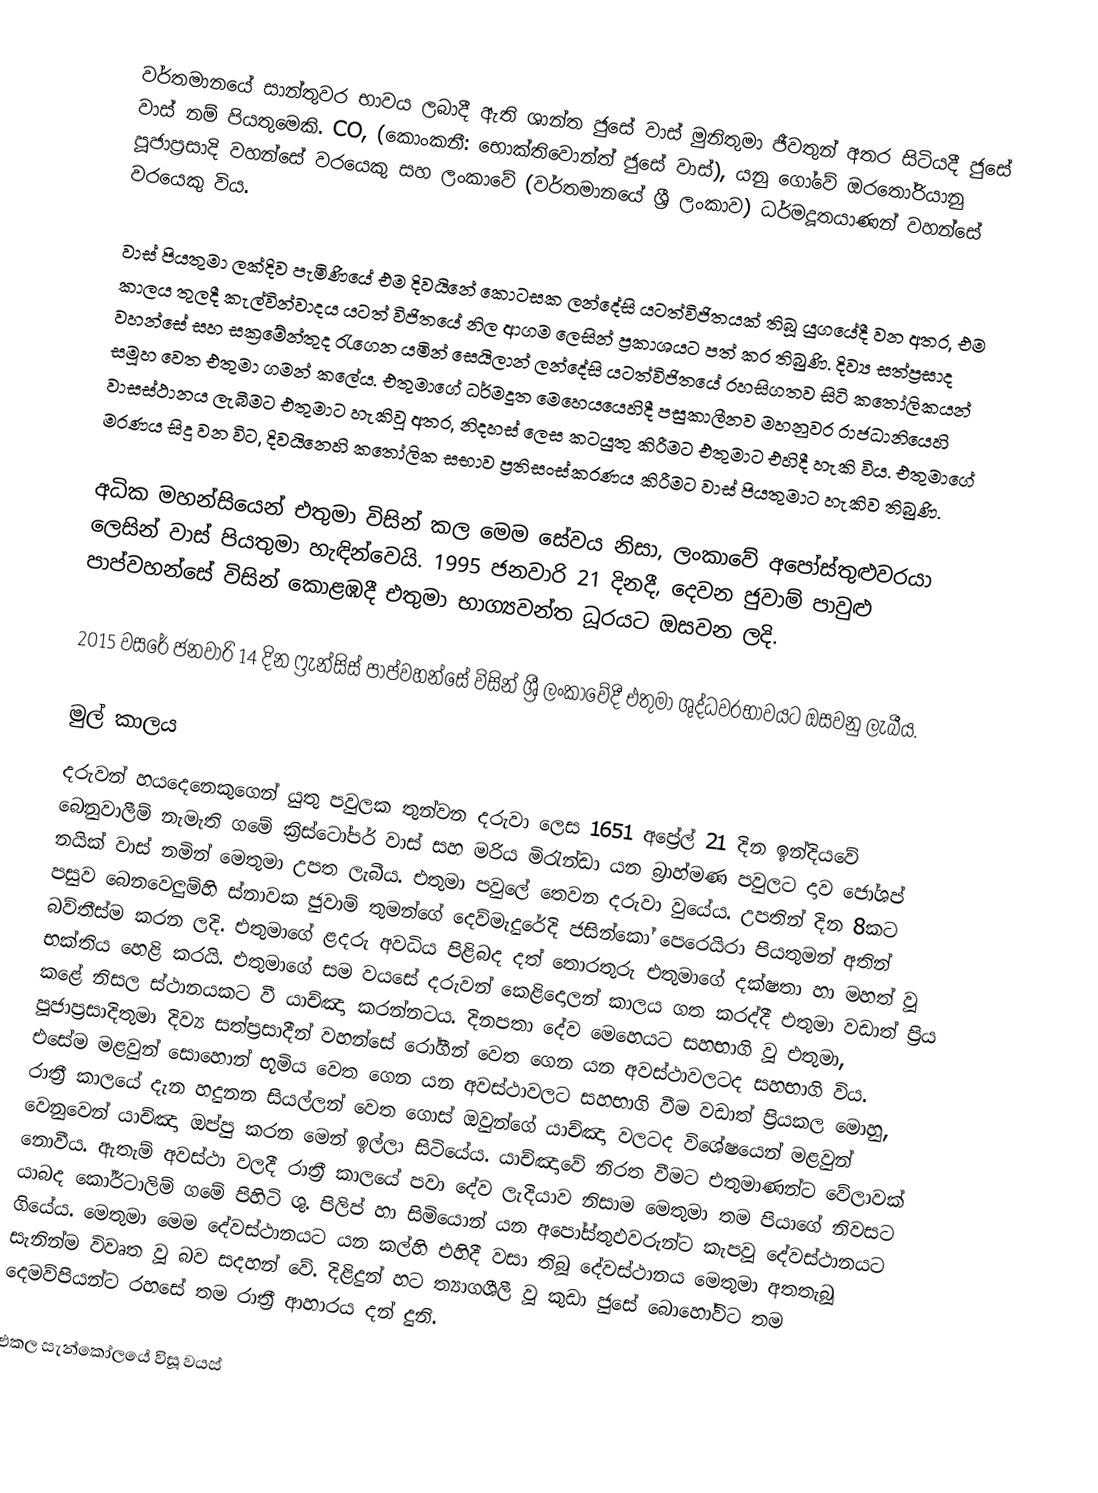
වර්තමානයේ සාන්තුවර භාවය ලබාදී ඇති  ශාන්ත ජුසේ වාස් මුනිතුමා ජීවතුන් අතර සිටියදී ජුසේ වාස් නම් පියතුමෙකි. CO, (කොංකනී: භොක්තිවොන්ත් ජුසේ වාස්), යනු ගෝවේ ඔරතෝරියානු පූජාප්‍රසාදි වහන්සේ වරයෙකු සහ ලංකාවේ (වර්තමානයේ ශ්‍රී ලංකාව) ධර්මදූතයාණන් වහන්සේ වරයෙකු  විය.

වාස් පියතුමා ලක්දිව පැමිණියේ එම දිවයිනේ කොටසක ලන්දේසි යටත්විජිතයක් තිබූ යුගයේදී වන අතර, එම කාලය තුලදී කැල්වින්වාදය යටත් විජිතයේ නිල ආගම ලෙසින් ප්‍රකාශයට පත් කර තිබුණි. දිව්‍ය සත්ප්‍රසාද වහන්සේ සහ සක්‍රමේන්තුද රැගෙන යමින්  සෙයිලාන් ලන්දේසි යටත්විජිතයේ රහසිගතව සිටි කතෝලිකයන් සමූහ වෙත එතුමා ගමන් කලේය. එතුමාගේ ධර්මදූත මෙහෙයයෙහිදී පසුකාලීනව මහනුවර රාජධානියෙහි වාසස්ථානය ලැබීමට එතුමාට හැකිවූ අතර, නිදහස් ලෙස කටයුතු කිරීමට එතුමාට එහිදී හැකි විය. එතුමාගේ මරණය සිදු වන විට, දිවයිනෙහි කතෝලික සභාව ප්‍රතිසංස්කරණය කිරීමට වාස් පියතුමාට හැකිව තිබුණි.

අධික මහන්සියෙන් එතුමා විසින් කල මෙම සේවය නිසා, ලංකාවේ අපෝස්තුළුවරයා ලෙසින් වාස් පියතුමා හැඳින්වෙයි. 1995 ජනවාරි 21 දිනදී, දෙවන ජුවාම් පාවුළු පාප්වහන්සේ විසින්  කොළඹදී එතුමා  භාග්‍යවන්ත ධූරයට ඔසවන ලදි.

2015 වසරේ ජනවාරි 14 දින ෆ්‍රැන්සිස් පාප්වහන්සේ විසින් ශ්‍රී ලංකාවේදී එතුමා ශුද්ධවරභාවයට ඔසවනු ලැබීය.

මුල් කාලය
දරුවන් හයදෙනෙකුගෙන් යුතු පවුලක තුන්වන දරුවා ලෙස 1651 අප්‍රේල් 21 දින ඉන්දියවේ බෙනුවාලීම් නැමැති ගමේ ක්‍රිස්ටෝපර් වාස් සහ මරිය මිරැන්ඩා යන බ්‍රාහ්මණ පවුලට දාව ජෝශප් නයික් වාස් නමින් මෙතුමා  උපත ලැබීය. එතුමා පවුලේ තෙවන දරුවා වුයේය.  උපතින් දින 8කට පසුව බෙනවෙලුම්හි ස්නාවක ජුවාම් තුමන්ගේ දෙව්මැදුරේදි ජසින්කෝ පෙරෙයිරා පියතුමන් අතින් බව්තීස්ම කරන ලදි. එතුමාගේ ළදරු අවධිය පිළිබද දත් තොරතුරු එතුමාගේ දක්ෂතා හා මහත් වූ භක්තිය හෙළි කරයි. එතුමාගේ සම වයසේ දරුවන් කෙළිදොලන් කාලය ගත කරද්දී එතුමා වඩාත් ප්‍රිය කළේ නිසල ස්ථානයකට වී යාච්ඤා කරන්නටය. දිනපතා දේව මෙහෙයට සහභාගි වූ එතුමා, පූජාප්‍රසාදිතුමා දිව්‍ය සත්ප්‍රසාදීන් වහන්සේ රෝගීන් වෙත ගෙන යන අවස්ථාවලටද සහභාගි විය. එසේම මළවුන් සොහොන් භූමිය වෙත ගෙන යන අවස්ථාවලට සහභාගි වීම වඩාත් ප්‍රියකල මොහු, රාත්‍රී කාලයේ දැන හදුනන සියල්ලන් වෙත ගොස් ඔවුන්ගේ යාච්ඤා වලටද විශේෂයෙන් මළවුන් වෙනුවෙන් යාච්ඤා ඔප්පු කරන මෙන් ඉල්ලා සිටියේය. යාච්ඤාවේ නිරත වීමට එතුමාණන්ට වේලාවක් නොවීය. ඇතැම් අවස්ථා වලදී රාත්‍රී කාලයේ පවා දේව ලැදියාව නිසාම මෙතුමා තම පියාගේ නිවසට යාබද කෝර්ටාලිම් ගමේ පිහිටි ශු. පිලිප් හා සිමියොන් යන අපෝස්තුඵවරුන්ට කැපවූ දේවස්ථානයට ගියේය. මෙතුමා මෙම දේවස්ථානයට යන කල්හි එහිදී වසා තිබූ දේවස්ථානය මෙතුමා අතතැබූ සැනින්ම විවෘත වූ බව සදහන් වේ. දිළිදුන්  හට ත්‍යාගශීලී වූ කුඩා ජුසේ බොහෝවිට තම දෙමව්පියන්ට රහසේ තම රාත්‍රී ආහාරය දන් දුනි.

එකල සැන්කෝලයේ විසූ වයස්